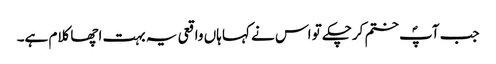
جب آپؐ ختم کرچکے تو اس نے کہا ہاں واقعی یہ بہت اچھا کلام ہے۔